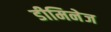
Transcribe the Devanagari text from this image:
डीमिनेज